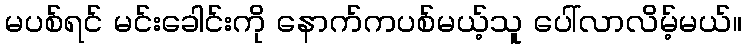
မပစ်ရင် မင်းခေါင်းကို နောက်ကပစ်မယ့်သူ ပေါ်လာလိမ့်မယ်။